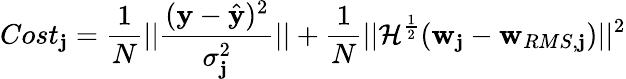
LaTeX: Cost_{\mathbf{j}}=\frac{{1}}{{N}}||\frac{{(\mathbf{{y}}-\hat{{{\mathbf{{y}}}}})^{2}}}{{\sigma_{\mathbf{j}}^{2}}}||+\frac{{1}}{{N}}||\mathcal{{H}}^{\frac{{1}}{{2}}}(\mathbf{{w}}_{\mathbf{j}}-\mathbf{{w}}_{RMS,\mathbf{j}})||^{2}